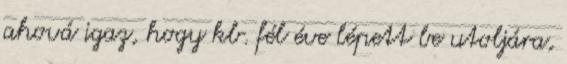
ahová igaz, hogy kb. fél éve lépett be utoljára,